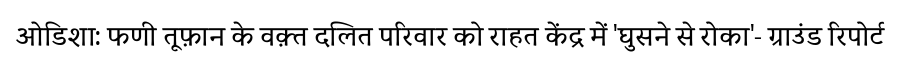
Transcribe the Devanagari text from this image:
ओडिशा: फणी तूफ़ान के वक़्त दलित परिवार को राहत केंद्र में 'घुसने से रोका'- ग्राउंड रिपोर्ट